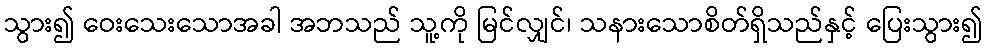
သွား၍ ဝေးသေးသောအခါ အဘသည် သူ့ကို မြင်လျှင်၊ သနားသောစိတ်ရှိသည်နှင့် ပြေးသွား၍